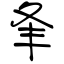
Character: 夆